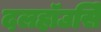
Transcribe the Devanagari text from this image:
दलहॉउसिे